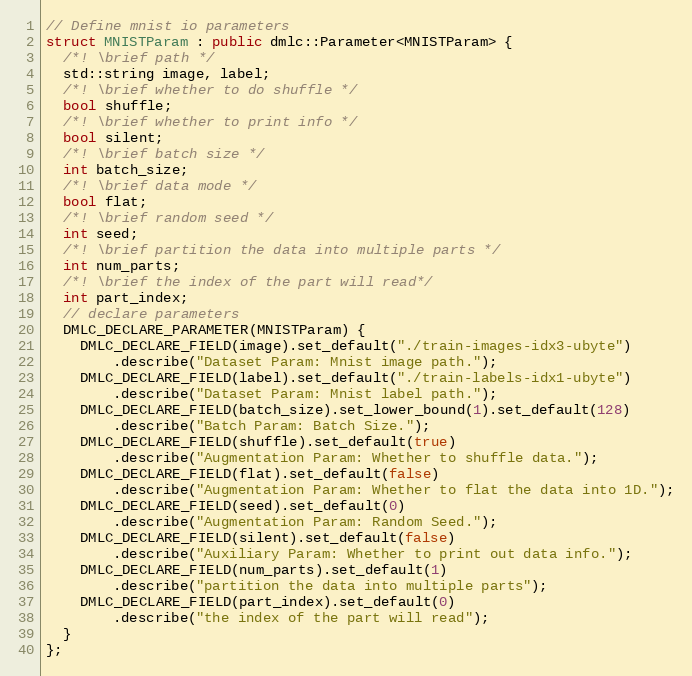
Language: C++
// Define mnist io parameters
struct MNISTParam : public dmlc::Parameter<MNISTParam> {
  /*! \brief path */
  std::string image, label;
  /*! \brief whether to do shuffle */
  bool shuffle;
  /*! \brief whether to print info */
  bool silent;
  /*! \brief batch size */
  int batch_size;
  /*! \brief data mode */
  bool flat;
  /*! \brief random seed */
  int seed;
  /*! \brief partition the data into multiple parts */
  int num_parts;
  /*! \brief the index of the part will read*/
  int part_index;
  // declare parameters
  DMLC_DECLARE_PARAMETER(MNISTParam) {
    DMLC_DECLARE_FIELD(image).set_default("./train-images-idx3-ubyte")
        .describe("Dataset Param: Mnist image path.");
    DMLC_DECLARE_FIELD(label).set_default("./train-labels-idx1-ubyte")
        .describe("Dataset Param: Mnist label path.");
    DMLC_DECLARE_FIELD(batch_size).set_lower_bound(1).set_default(128)
        .describe("Batch Param: Batch Size.");
    DMLC_DECLARE_FIELD(shuffle).set_default(true)
        .describe("Augmentation Param: Whether to shuffle data.");
    DMLC_DECLARE_FIELD(flat).set_default(false)
        .describe("Augmentation Param: Whether to flat the data into 1D.");
    DMLC_DECLARE_FIELD(seed).set_default(0)
        .describe("Augmentation Param: Random Seed.");
    DMLC_DECLARE_FIELD(silent).set_default(false)
        .describe("Auxiliary Param: Whether to print out data info.");
    DMLC_DECLARE_FIELD(num_parts).set_default(1)
        .describe("partition the data into multiple parts");
    DMLC_DECLARE_FIELD(part_index).set_default(0)
        .describe("the index of the part will read");
  }
};